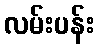
လမ်းပန်း